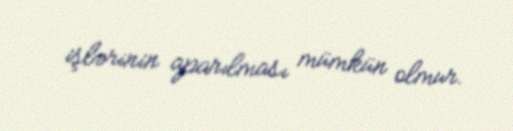
işlərinin aparılması mümkün olmur.